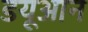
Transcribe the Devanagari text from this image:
डयूआन